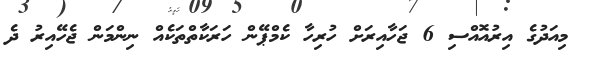
މިއަދުގެ އިރުއޮއްސި 6 ޖަހާއިރަށް ހުރިހާ ކެމްޕޭން ހަރަކާތްތަކެއް ނިންމަން ޖެހޭއިރު ދެ